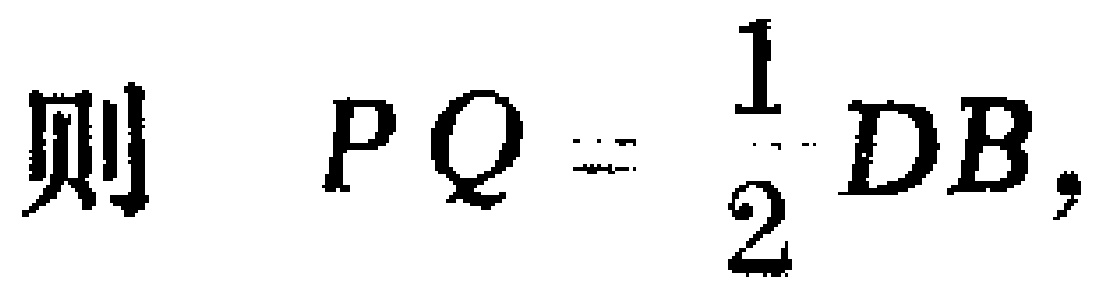
则 \(PQ = \frac{1}{2}DB\)，